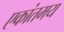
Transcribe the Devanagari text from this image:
एकांतमय